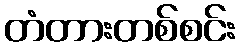
တံတားတစ်စင်း